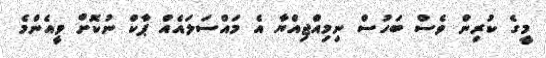
މީގެ ކުރިން ވެސް ބަހުސް ނިމިއްޖިއްޔާ އެ މައްސަލައެއް ޕާކް ނުކޮށް ވީއެންމެ